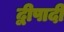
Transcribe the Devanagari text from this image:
द्वीपादी